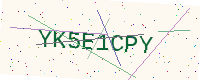
Text: YK5E1CPY